system: You are a helpful assistant.
user:
Analyze the provided spectrum to determine if it is a **White Dwarf (WD)**.

A White Dwarf spectrum is defined by its **extreme purity** (due to gravitational settling) and/or **extreme pressure broadening** (due to high surface gravity). You must check for one of the following mutually exclusive signatures:

- **Key Visual Indicators (Check for ONE of these types):**

    - **1. DA-Type Signature (Most Common):**
        - **(Primary Feature):** Extreme pressure broadening (Stark broadening) of the **Hydrogen (H) Balmer lines**.
        - **(Key Lines):** $H\beta$ (approx. $4861$ Å) and $H\gamma$ (approx. $4340$ Å). $H\alpha$ (approx. $6563$ Å) will also be present if the wavelength range covers it.
        - **(Line Profile):** This is the **defining feature**. The lines are **NOT** sharp. They appear as massive, **extremely broad and deep "troughs" or "dips"** in the spectrum, often hundreds of Ångströms wide. The continuum will appear to "scoop" down at these wavelengths.
        - **(Distinction):** Normal A-type or B-type stars have *narrow* and *sharp* Hydrogen lines. A DA White Dwarf's lines are unmistakably "smeared" or "blurry" from pressure.

    - **2. DB-Type Signature:**
        - **(Primary Feature):** Broad absorption lines from **Neutral Helium (He I)**. The spectrum must lack any visible Hydrogen lines.
        - **(Key Lines):** Look for broad absorption near $4471$ Å, $4921$ Å, and $5876$ Å.
        - **(Line Profile):** These lines are also significantly pressure-broadened, appearing much wider than they would in a normal B-type main-sequence star.

    - **3. DC-Type Signature:**
        - **(Primary Feature):** A **featureless continuous spectrum**.
        - **(Line Profile):** The spectrum is a smooth curve with **no significant absorption or emission lines**.
        - **(Key Confirmation):** The continuum is almost always **blue or white**, indicating a hot object. This signature implies the atmosphere is so pure (or so cool) that no spectral lines are visible in the optical range. Its WD identity is confirmed by its extremely low intrinsic brightness (high absolute magnitude).

    - **4. DZ-Type Signature (Metal-Polluted):**
        - **(Primary Feature):** **Isolated, narrow metal absorption lines** on an otherwise featureless (DC-like) continuum.
        - **(Key Lines):** The **Calcium (Ca II) H & K doublet** (approx. **$3934$ Å** and **$3968$ Å**) is the most common and defining feature.
        - **(Line Profile):** These lines are "out of place." They are *not* part of a "forest" of thousands of lines. This signature is evidence of recent *accretion* (pollution) from rocky debris.
        - **(Distinction):** Normal G/K/M stars have a *dense forest* of thousands of metal lines. A DZ has a *clean* continuum with *only a few* strong metal lines.

    - **5. DQ-Type Signature (Carbon-Polluted):**
        - **(Primary Feature):** Absorption bands from **Carbon (C₂ "Swan Bands" or atomic C I)**.
        - **(Key Lines - C₂):** Look for bandheads with a "saw-tooth" shape near $5635$ Å, **$5165$ Å** (strongest), and $4737$ Å.
        - **(Key Confirmation):** The underlying **continuum must be blue or white** (hot).
        - **(Distinction):** This is the critical difference from a **Carbon Star**, which has the *exact same* C₂ bands but on an extremely **red, cool** continuum.

- **(Overall Spectrum):**
    - The continuum (overall shape) is typically **blue-sloping** (brighter in the blue than the red), as most white dwarfs are very hot.
    - The spectrum will look "pure" or "simple," dominated by only *one* of the five signatures listed above.

Think first, call **spectral_visualization_tool** if needed to examine features in detail, then provide your final answer. Your response must adhere to the following strict rules:
1.  **Overall Structure:** Your response must follow the format `<think>...</think> <tool_call>...</tool_call> (if a tool is used) <answer>...</answer>`.
2.  **Tool Usage Constraint:** You may only make **one** tool call per turn.
3.  **Final Answer Format:** In the `<answer>` tag, your conclusion must be inside a `\boxed{}` command (e.g., `\boxed{YES}` or `\boxed{NO}`), followed by your justification.

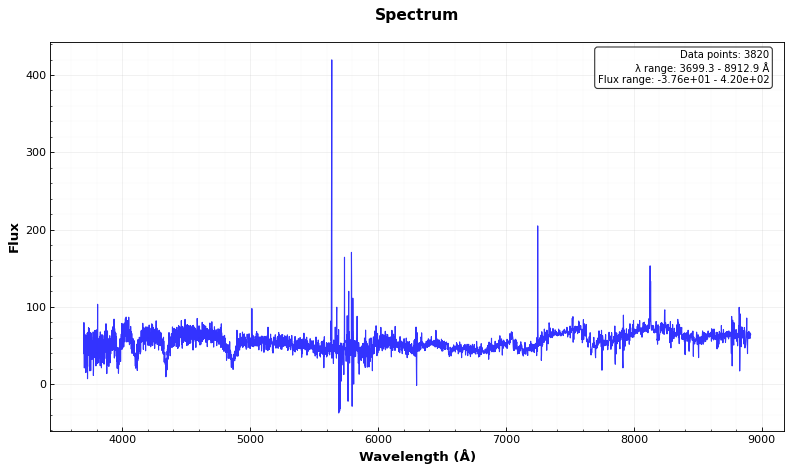
Answer: YES